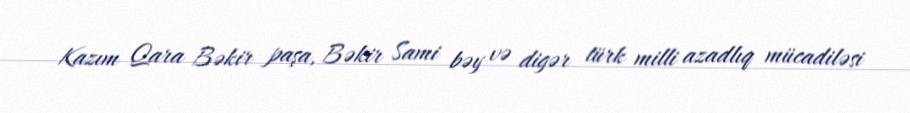
Kazım Qara Bəkir paşa, Bəkir Sami bəy və digər türk milli azadlıq mücadiləsi